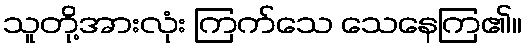
သူတို့အားလုံး ကြက်သေ သေနေကြ၏။